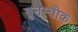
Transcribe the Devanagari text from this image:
ब्रुनस्वीक